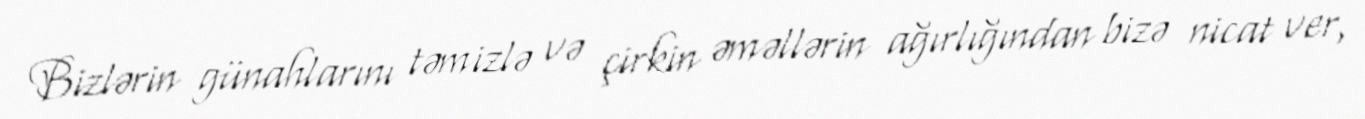
Bizlərin günahlarını təmizlə və çirkin əməllərin ağırlığından bizə nicat ver,